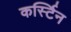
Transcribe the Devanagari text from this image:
कर्स्टिन